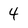
Character: 4